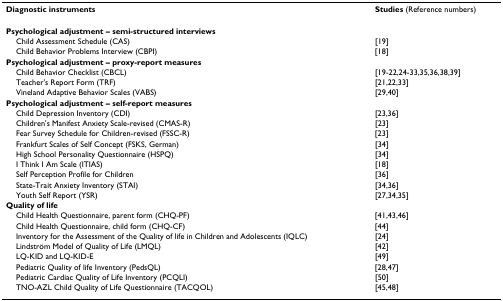
<table><thead><tr><td><b>Diagnostic instruments</b></td><td><b>Studies (Reference numbers)</b></td></tr></thead><tbody><tr><td><b>Psychological adjustment – semi-structured interviews</b></td><td></td></tr><tr><td> Child Assessment Schedule (CAS)</td><td>[19]</td></tr><tr><td> Child Behavior Problems Interview (CBPI)</td><td>[18]</td></tr><tr><td><b>Psychological adjustment – proxy-report measures</b></td><td></td></tr><tr><td> Child Behavior Checklist (CBCL)</td><td>[19-22,24-33,35,36,38,39]</td></tr><tr><td> Teacher&#x27;s Report Form (TRF)</td><td>[21,22,33]</td></tr><tr><td> Vineland Adaptive Behavior Scales (VABS)</td><td>[29,40]</td></tr><tr><td><b>Psychological adjustment – self-report measures</b></td><td></td></tr><tr><td> Child Depression Inventory (CDI)</td><td>[23,36]</td></tr><tr><td> Children&#x27;s Manifest Anxiety Scale-revised (CMAS-R)</td><td>[23]</td></tr><tr><td> Fear Survey Schedule for Children-revised (FSSC-R)</td><td>[23]</td></tr><tr><td> Frankfurt Scales of Self Concept (FSKS, German)</td><td>[34]</td></tr><tr><td> High School Personality Questionnaire (HSPQ)</td><td>[34]</td></tr><tr><td> I Think I Am Scale (ITIAS)</td><td>[18]</td></tr><tr><td> Self Perception Profile for Children</td><td>[36]</td></tr><tr><td> State-Trait Anxiety Inventory (STAI)</td><td>[34,36]</td></tr><tr><td> Youth Self Report (YSR)</td><td>[27,34,35]</td></tr><tr><td><b>Quality of life</b></td><td></td></tr><tr><td> Child Health Questionnaire, parent form (CHQ-PF)</td><td>[41,43,46]</td></tr><tr><td> Child Health Questionnaire, child form (CHQ-CF)</td><td>[44]</td></tr><tr><td> Inventory for the Assessment of the Quality of life in Children and Adolescents (IQLC)</td><td>[24]</td></tr><tr><td> Lindström Model of Quality of Life (LMQL)</td><td>[42]</td></tr><tr><td> LQ-KID and LQ-KID-E</td><td>[49]</td></tr><tr><td> Pediatric Quality of life Inventory (PedsQL)</td><td>[28,47]</td></tr><tr><td> Pediatric Cardiac Quality of Life Inventory (PCQLI)</td><td>[50]</td></tr><tr><td> TNO-AZL Child Quality of Life Questionnaire (TACQOL)</td><td>[45,48]</td></tr></tbody></table>